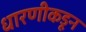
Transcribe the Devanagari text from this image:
धारणीकडून